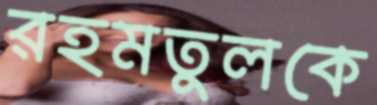
রহমতুলকে